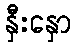
နှီးနှော